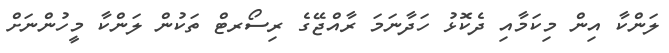
ލަންކާ އިން މިކަމާއި ދެކޮޅު ހަދާނަމަ ރާއްޖޭގެ ރިސޯރޓް ތަކުން ލަންކާ މީހުންނަށް